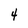
Character: 4